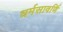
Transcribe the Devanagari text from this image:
धर्मसावर्णि